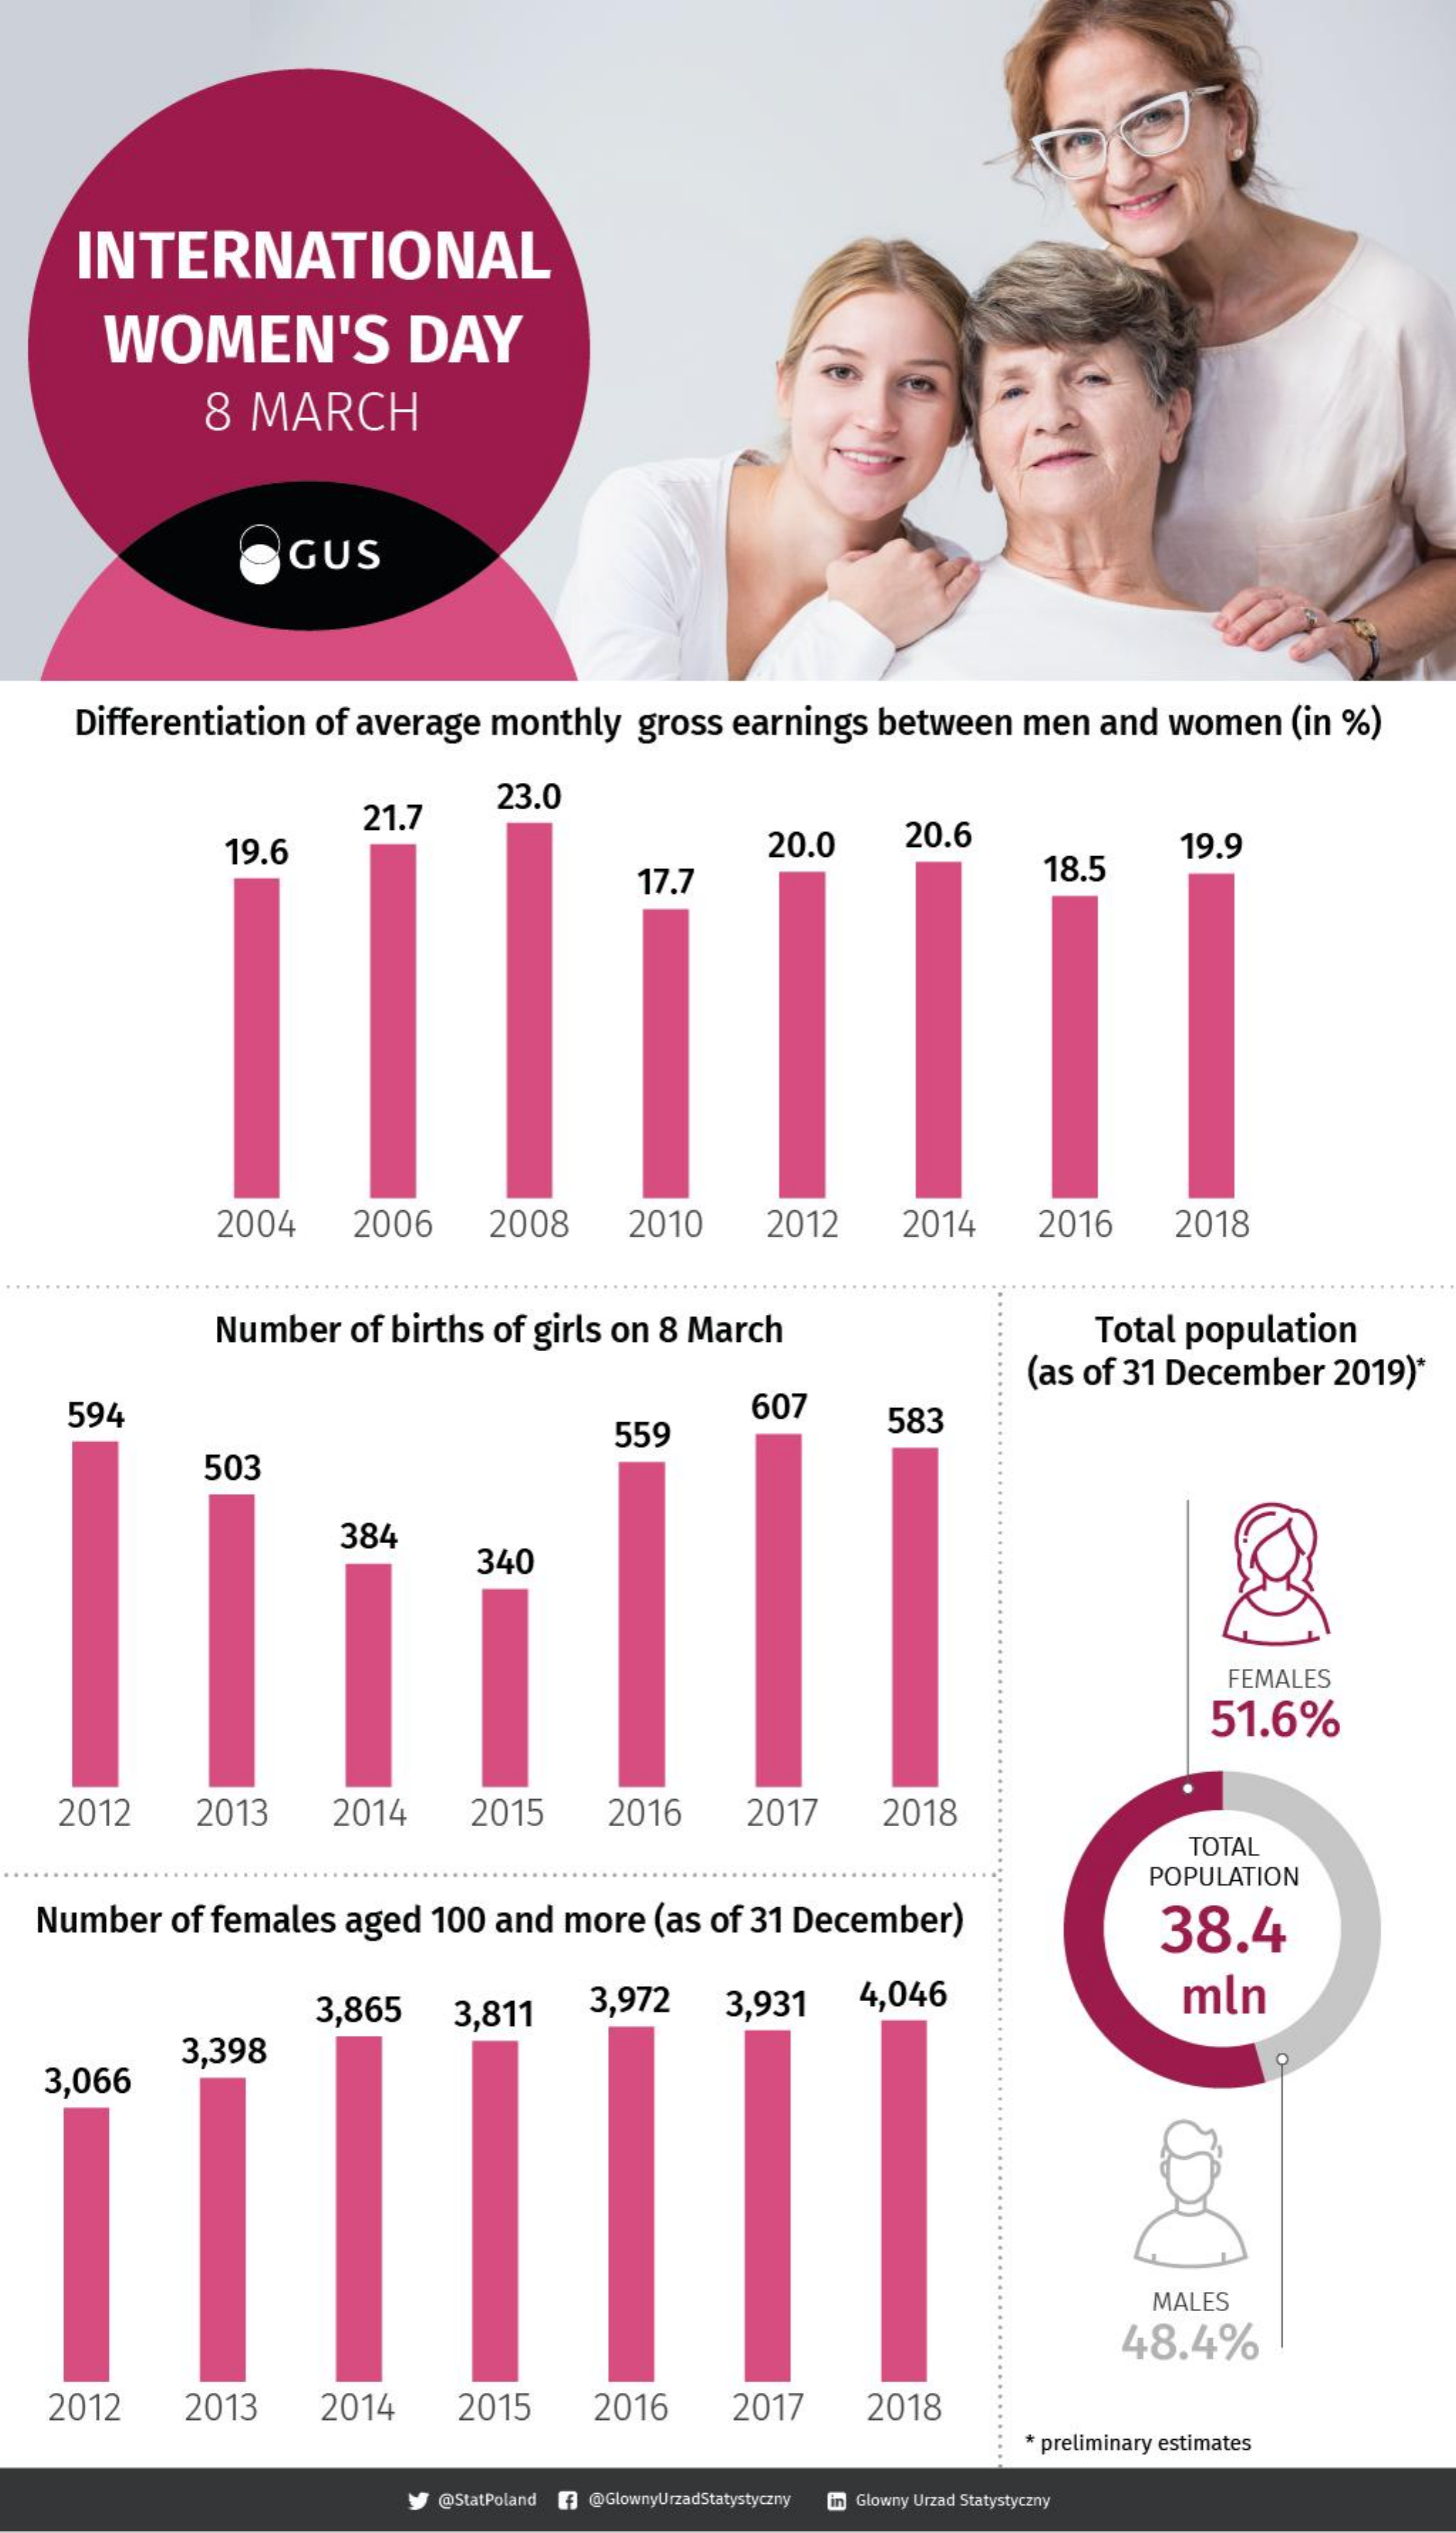
INTERNATIONAL
     WOMEN'S    DAY
     8 MARCH
     GUS
    Differentiation of average monthly gross earnings between men and women (in %)
     21.7
     23.0
     19.6    20.0  20.6    19.9
     17.7    18.5
     2004   2006   2008   2010   2012   2014   2016   2018
     Number of births of girls on 8 March    Total population
     (as of 31 December 2019)*
    594
     559
     607
     583
     503
     384
     340
     FEMALES
     51.6%
   2012   2013   2014   2015   2016   2017   2018
     TOTAL
     POPULATION
  Number of females aged 100 and more (as of 31 December)  38.4
     3,865  3,811 3,972  3,931  4,046    mln
   3,066
     3,398
     MALES
     48.4%
   2012   2013   2014   2015   2016   2017  2018
     preliminary estimates
     @StatPoland f @GlownyUrzadStatystyczny in Glowny Urzad Statystyczny